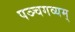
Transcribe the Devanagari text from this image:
पञ्चगव्यम्